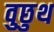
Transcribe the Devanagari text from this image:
वुछुथ